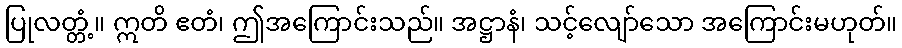
ပြုလတ္တံ့။ ဣတိ ဧတံ၊ ဤအကြောင်းသည်။ အဋ္ဌာနံ၊ သင့်လျော်သော အကြောင်းမဟုတ်။